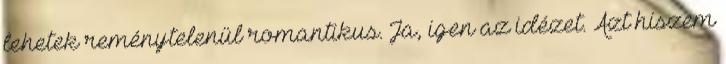
lehetek reménytelenül romantikus. Ja, igen az idézet. Azt hiszem